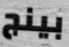
بينج